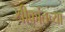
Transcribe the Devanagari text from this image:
श्रीकांतच्या